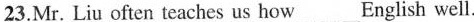
23.Mr. Liu often teaches us how___English well.